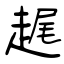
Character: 趘